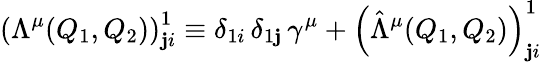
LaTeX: \left(\Lambda^{\mu}(Q_{1},Q_{2})\right)_{\mathbf{j}i}^{1}\equiv\delta_{1i}\, \delta_{1\mathbf{j}}\, \gamma^{\mu}+\left(\hat{{\Lambda}}^{\mu}(Q_{1},Q_{2})\right)_{\mathbf{j}i}^{1}